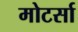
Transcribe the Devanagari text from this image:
मोटर्सा